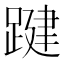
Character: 踺